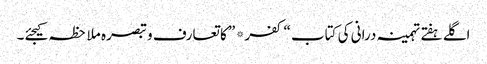
اگلے ہفتے تہمینہ درانی کی کتاب “کفر* ” کا تعارف و تبصرہ ملاحظہ کیجئے۔